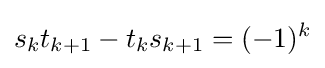
s_{k}t_{k+1}-t_{k}s_{k+1}=(-1)^{k}